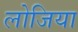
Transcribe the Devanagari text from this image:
लोजिया